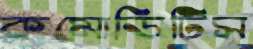
কমোডিটিস